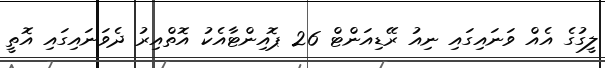
ލީގުގެ އެއް ވަނައިގައި ނިއު ރޭޑިއަންޓް 26 ޕޮއިންޓާއެކު އޮތްއިރު ދެވަނައިގައި އޮތީ